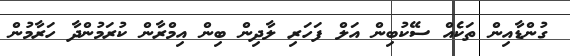
ގުންޑާއިން ތަކެއް ސޭކުބިން އަލް ފަހަރި ލާދިން ބިން އިމްރާން ކުރަމުންދާ ހަރާމުން